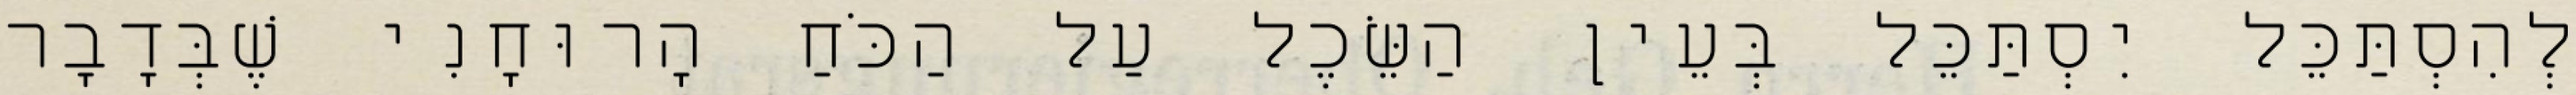
לְהִסְתַּכֵּל יִסְתַּכֵּל בְּעֵין הַשֵּׂכֶל עַל הַכֹּחַ הָרוּחָנִי שֶׁבְּדָבָר